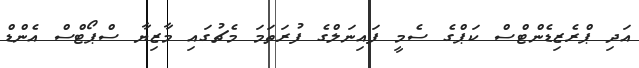
އަދި ޕްރެޒިޑެންޓްސް ކަޕްގެ ސެމީ ފައިނަލްގެ ފުރަތަމަ މެޗުގައި މާޒިޔާ ސްޕޯޓްސް އެންޑް